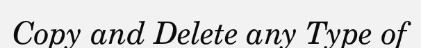
Copy and Delete any Type of